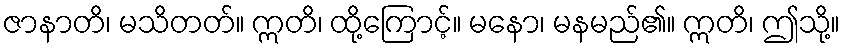
ဇာနာတိ၊ မသိတတ်။ ဣတိ၊ ထို့ကြောင့်။ မနော၊ မနမည်၏။ ဣတိ၊ ဤသို့။